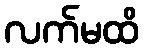
လက်မထိ